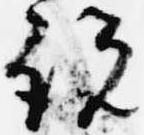
説